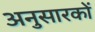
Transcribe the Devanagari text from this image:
अनुसारकों